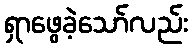
ရှာဖွေခဲ့သော်လည်း